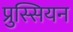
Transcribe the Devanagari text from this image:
प्रुस्सियन